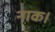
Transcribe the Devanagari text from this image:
नाक।